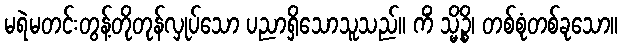
မရဲမတင်းတွန့်တိုတုန်လှုပ်သော ပညာရှိသောသူသည်။ ကိံ သ္မိဉ္စိ၊ တစ်စုံတစ်ခုသော။